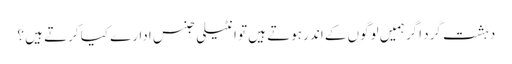
دہشت گرد اگر ہمیں لوگوں کے اندر ہوتے ہیں تو انٹیلی جنس ادارے کیا کرتے ہیں ؟